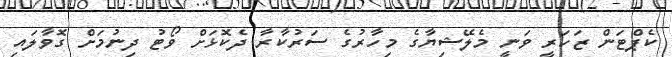
ކެޕްޓަން ޒަހަރީ ވަނީ މެލޭޝިޔާގެ މިހާރުގެ ސަރުކާރާ ދެކޮޅަށް ވޯޓު ދިނުމަށް ގޮވާލައި